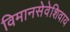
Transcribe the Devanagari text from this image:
विमानसेवेशिवाय